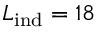
L _ { \mathrm { i n d } } = 1 8